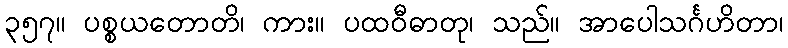
၃၅၇။ ပစ္စယတောတိ၊ ကား။ ပထဝီဓာတု၊ သည်။ အာပေါသင်္ဂဟိတာ၊